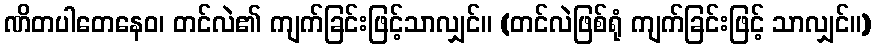
ဏိတပါတေနေဝ၊ တင်လဲ၏ ကျက်ခြင်းဖြင့်သာလျှင်။ (တင်လဲဖြစ်ရုံ ကျက်ခြင်းဖြင့် သာလျှင်။)